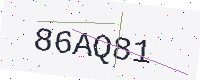
Text: 86AQ81